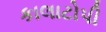
કાલાટોપી